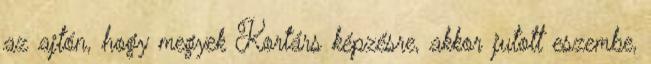
az ajtón, hogy megyek Kortárs képzésre, akkor jutott eszembe,